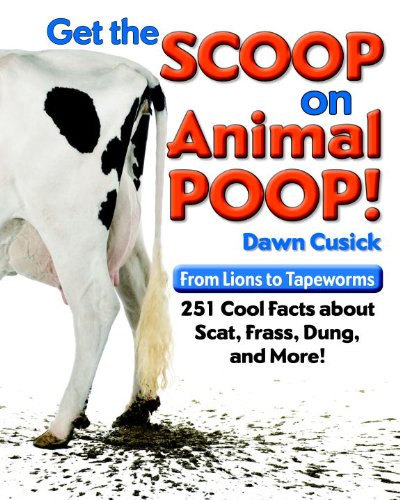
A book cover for Get the Scoop on Animal Poop: From Lions to Tapeworms: 251 Cool Facts about Scat, Frass, Dung, and More!; Dawn Cusick; Children's Books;